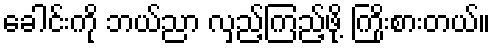
ခေါင်းကို ဘယ်ညာ လှည့်ကြည့်ဖို့ ကြိုးစားတယ်။